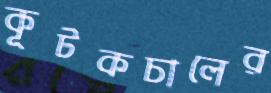
কূটকচালের